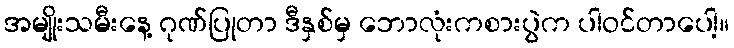
အမျိုးသမီးနေ့ ဂုဏ်ပြုတာ ဒီနှစ်မှ ဘောလုံးကစားပွဲက ပါဝင်တာပေါ့။